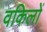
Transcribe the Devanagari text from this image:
वकिलों